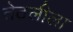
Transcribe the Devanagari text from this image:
तेठलीला